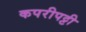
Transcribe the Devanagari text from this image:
कपरीपट्टी